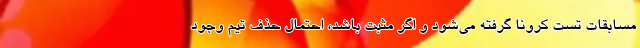
مسابقات تست کرونا گرفته می‌شود و اگر مثبت باشد، احتمال حذف تیم وجود